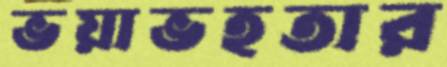
ভয়াভহতার